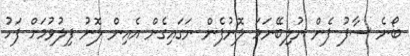
ބޯނެ ސާފު ފެން ނުލިބޭނަމަ ލޮނުފެން ނަގައިގެން އެއިން ލޮނު ފިލުވުމަށް ފަހު